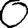
Digit: 0